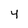
Character: y